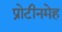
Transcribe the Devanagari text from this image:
प्रोटीनमेह